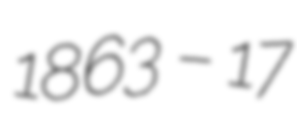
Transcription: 1863 – 17